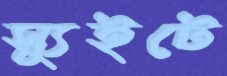
স্যুইটে